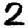
Digit: 2